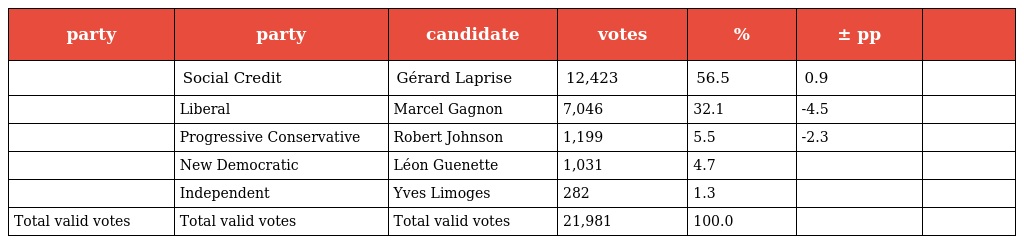
| party | party | candidate | votes | % | ± pp |  |
 | --- | --- | --- | --- | --- | --- | --- |
 |  | Social Credit | Gérard Laprise | 12,423 | 56.5 | 0.9 |  |
 |  | Liberal | Marcel Gagnon | 7,046 | 32.1 | -4.5 |  |
 |  | Progressive Conservative | Robert Johnson | 1,199 | 5.5 | -2.3 |  |
 |  | New Democratic | Léon Guenette | 1,031 | 4.7 |  |  |
 |  | Independent | Yves Limoges | 282 | 1.3 |  |  |
 | Total valid votes | Total valid votes | Total valid votes | 21,981 | 100.0 |  |  |